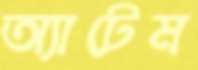
অ্যাটেম